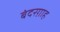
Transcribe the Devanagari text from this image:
बंदरग़ाह